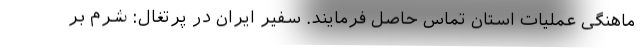
ماهنگی عملیات استان تماس حاصل فرمایند. سفیر ایران در پرتغال: شرم بر